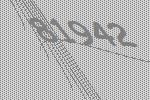
81942